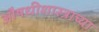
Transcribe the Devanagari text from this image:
औषधीशास्त्राच्या